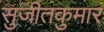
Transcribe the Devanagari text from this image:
सुजीतकुमार